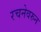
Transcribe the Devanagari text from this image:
रचनेवरुन